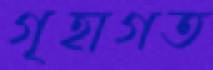
গৃহাগত